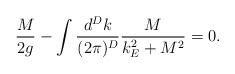
\begin{align*}\frac{M}{2g}-\int \frac{d^Dk}{(2\pi)^D}\frac{M}{k^{2}_{E}+M^2}=0.\end{align*}